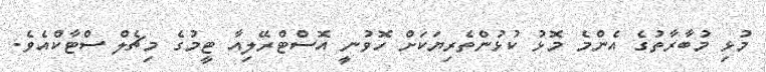
މުޅި މުބާރާތުގެ އެންމެ މޮޅު ކުޅުންތެރިޔަކަށް ހޮވުނީ އޮސްޓްރޭލިއާ ޓީމުގެ މިޗެލް ސްޓާކްއެވެ.